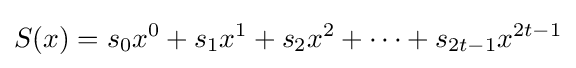
S(x)=s_{0}x^{0}+s_{1}x^{1}+s_{2}x^{2}+\cdots +s_{2t-1}x^{2t-1}